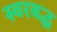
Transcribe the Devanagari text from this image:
स्‍वरबद्ध